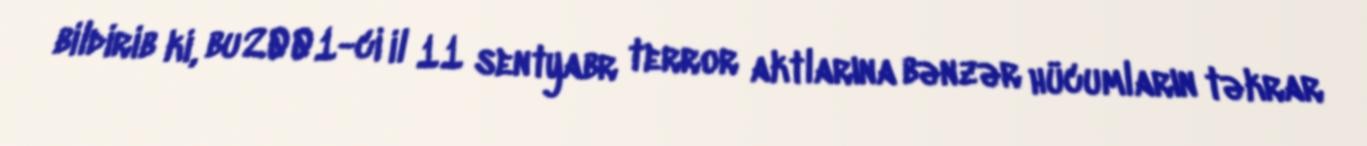
bildirib ki, bu 2001-ci il 11 sentyabr terror aktlarına bənzər hücumların təkrar